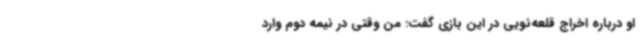
او درباره اخراج قلعه‌نویی در این بازی گفت: من وقتی در نیمه دوم وارد